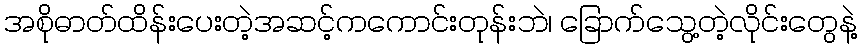
အစိုဓာတ်ထိန်းပေးတဲ့အဆင့်ကကောင်းတုန်းဘဲ၊ ခြောက်သွေ့တဲ့လိုင်းတွေနဲ့